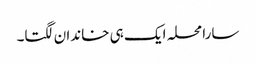
سارا محلہ ایک ہی خاندان لگتا۔